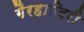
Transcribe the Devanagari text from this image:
गैरहाजिरी